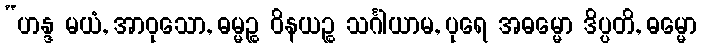
“ဟန္ဒ မယံ, အာဝုသော, ဓမ္မဉ္စ ဝိနယဉ္စ သင်္ဂါယာမ, ပုရေ အဓမ္မော ဒိပ္ပတိ, ဓမ္မော